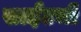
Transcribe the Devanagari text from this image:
साईटची